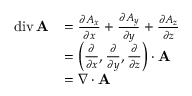
{ \begin{array} { r l } { \operatorname { d i v } \mathbf { A } } & { = { \frac { \partial A _ { x } } { \partial x } } + { \frac { \partial A _ { y } } { \partial y } } + { \frac { \partial A _ { z } } { \partial z } } } \\ & { = \left( { \frac { \partial } { \partial x } } , { \frac { \partial } { \partial y } } , { \frac { \partial } { \partial z } } \right) \cdot \mathbf { A } } \\ & { = \nabla \cdot \mathbf { A } } \end{array} }